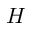
H